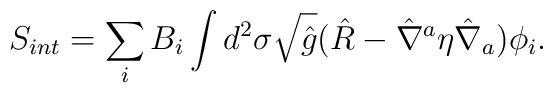
S_{int} = \sum_{i} B_{i} \int d^{2} \sigma\sqrt{\hat{g}}(\hat{R}-{\hat{\nabla}}^{a}\eta {\hat{\nabla}}_{a})\phi_{i}.